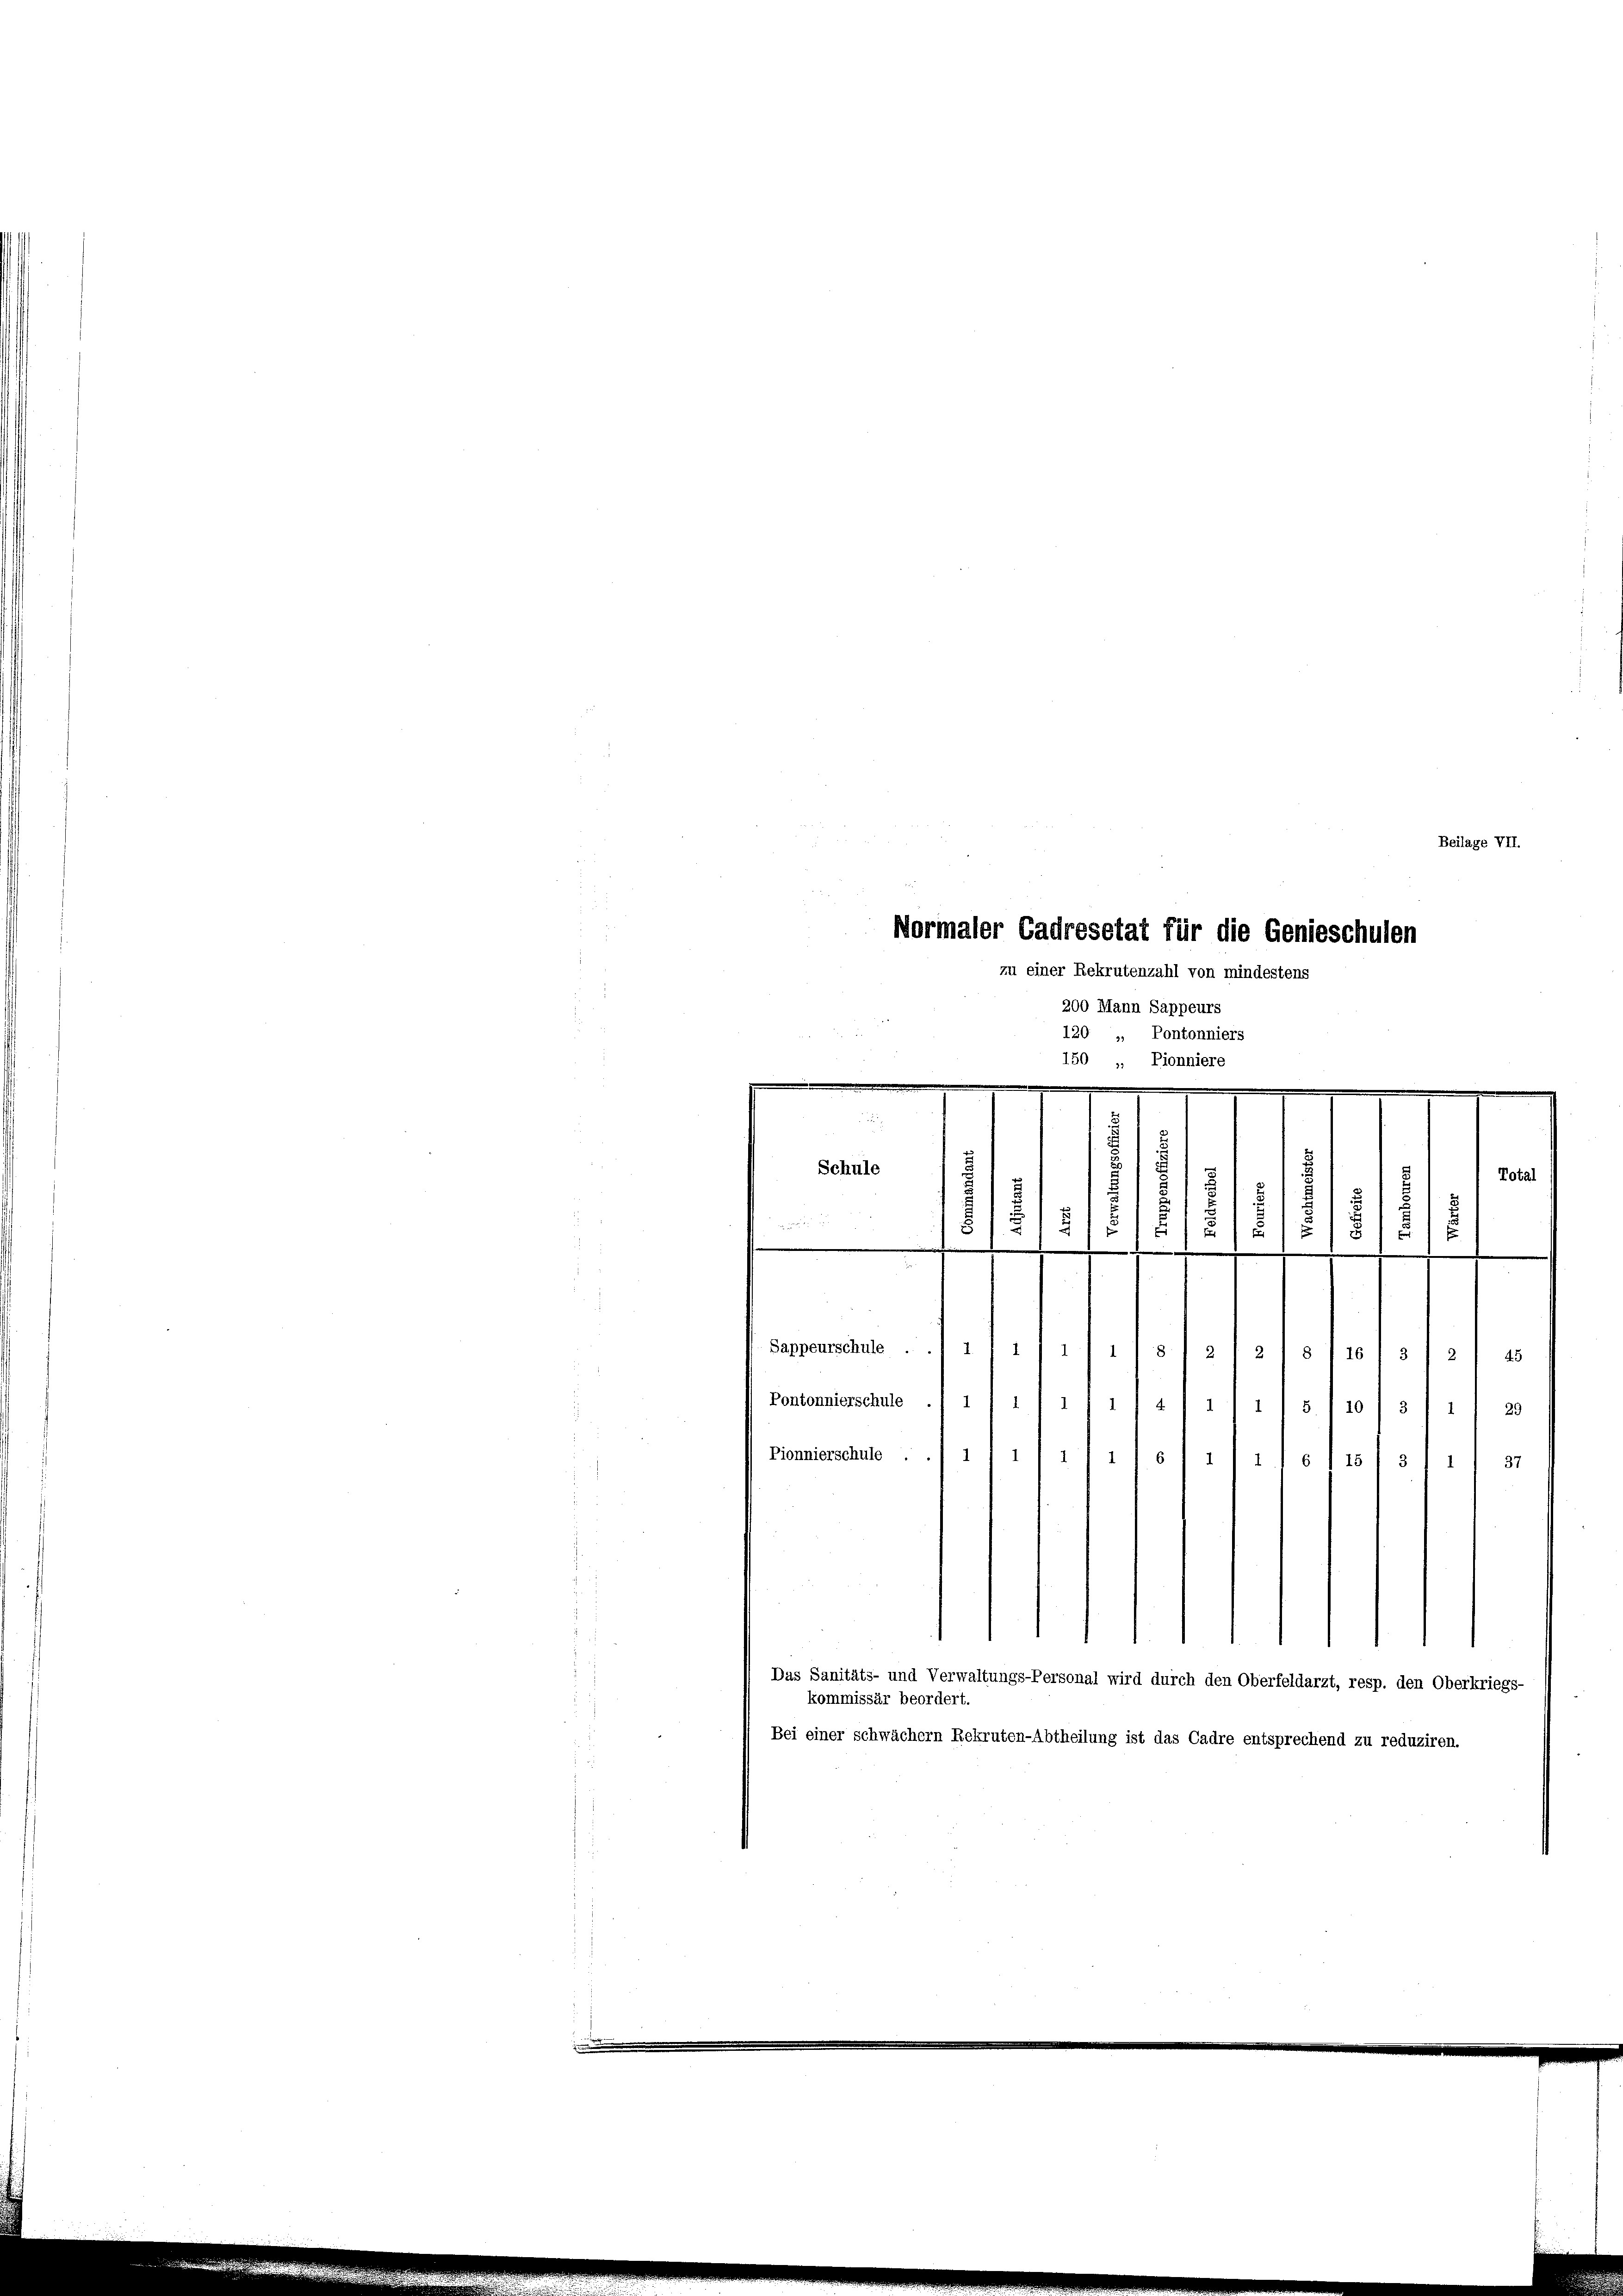
Beilage VII.
Normaler Cadresetat für die Genieschulen
zu einer Rekrutenzahl von mindestens
200 Mann Sappeurs

Schule

120 „ Pontonniers
150 „ Pionniere
e

d
Total

1
d
¬
7/8
u
2
d
r
Sappeurschule . . 1 , 11 1/ 1/s 1 2 f 21 § 116/ 312
45
Pontonnierschule .1 1
1
1
121. No 103. 21. 30
Pionnierschule . . 111/1/ 1)
22. d. d. 1101. 31
37
Das Sanitäts- und Verwaltungs-Personal wird durch den Oberfeldarzt, resp. den Oberkriegs-
kommissär beordert.
Bei einer schwächern Rekruten-Abtheilung ist das Cadre entsprechend zu reduziren.

¬